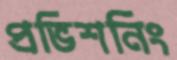
প্রভিশনিং